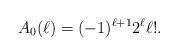
LaTeX: \begin{align*} A_0(\ell) = (-1)^{\ell+1} 2^{\ell} \ell! .\end{align*}